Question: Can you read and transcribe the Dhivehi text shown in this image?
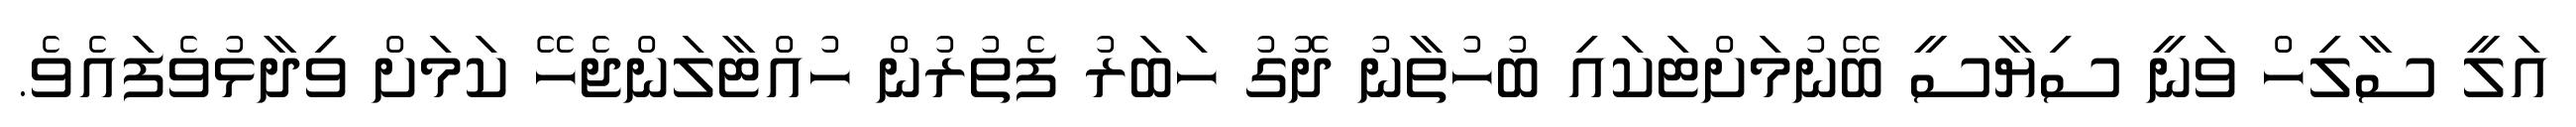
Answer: އަލީ ސާލިހް ވަނީ ސިޔާސީ ބޭނުމަށްޓަކައި ބުހުތާނު ދޮގު ހަބަރު ފެތުރުން ހުއްޓާލަންޖެހޭ ކަމަށް ވިދާޅުވެފައެވެ.